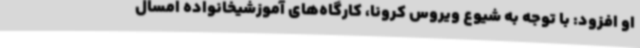
او افزود: با توجه به شیوع ویروس کرونا، کارگاه‌های آموزشیخانواده امسال